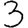
Digit: 3